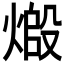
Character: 𬊷